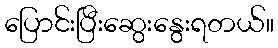
ပြောင်းပြီးဆွေးနွေးရတယ်။